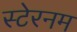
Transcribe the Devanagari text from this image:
स्टेरनम